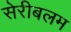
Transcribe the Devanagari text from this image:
सेरीबलम